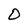
Character: O